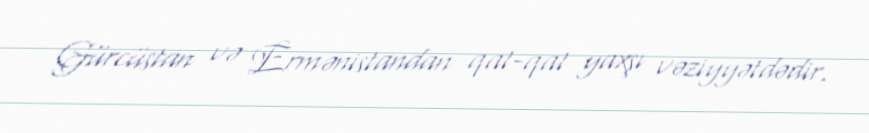
Gürcüstan və Ermənistandan qat-qat yaxşı vəziyyətdədir.